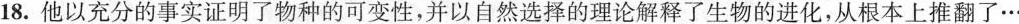
18.他以充分的事实证明了物种的可变性，并以自然选择的理论解释了生物的进化，从根本上推翻了……